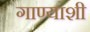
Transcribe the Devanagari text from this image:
गाण्याशी